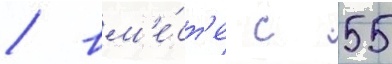
/ вм'е́ст'е с 55